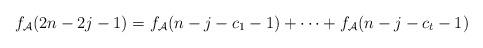
LaTeX: \begin{align*}f_{\mathcal{A}}(2n-2j-1)=f_{\mathcal{A}}(n-j-c_1-1)+\cdots+f_{\mathcal{A}}(n-j-c_t-1)\end{align*}